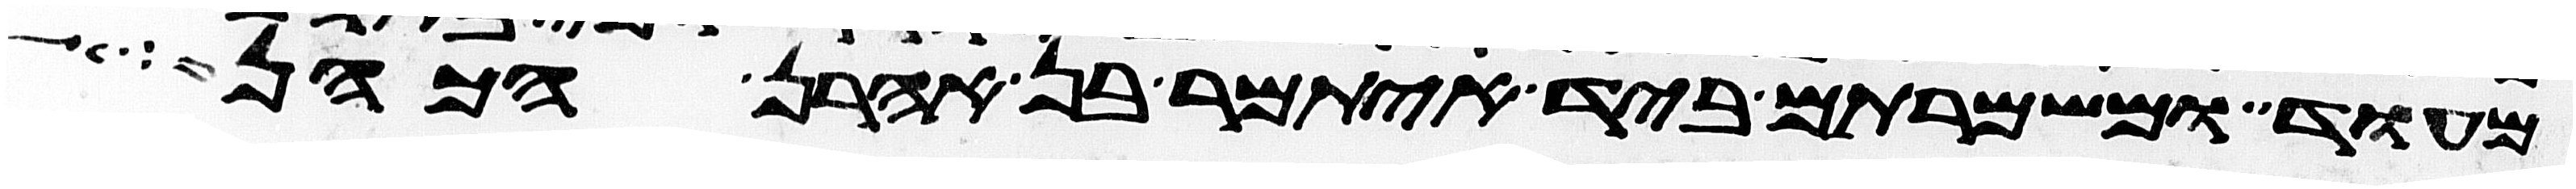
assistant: מועד ומשמרתם ביד איתמר בן אהרן הכהן